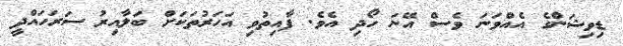
ޑިވިޝަންގެ އެއްވަނަ ވެސް އޭނަ ހޯދި އެވެ. ފާއިތުވި އަހަރުތަކަށް ބަލާއިރު ސަރަހައްދީ